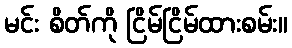
မင်း စိတ်ကို ငြိမ်ငြိမ်ထားစမ်း။